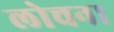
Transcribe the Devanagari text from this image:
लोचना